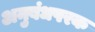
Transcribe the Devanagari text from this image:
अनुबंधपरक